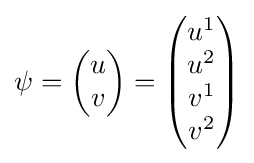
\psi ={\begin{pmatrix}u\\v\end{pmatrix}}={\begin{pmatrix}u^{1}\\u^{2}\\v^{1}\\v^{2}\end{pmatrix}}